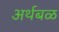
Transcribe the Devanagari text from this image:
अर्थबळ